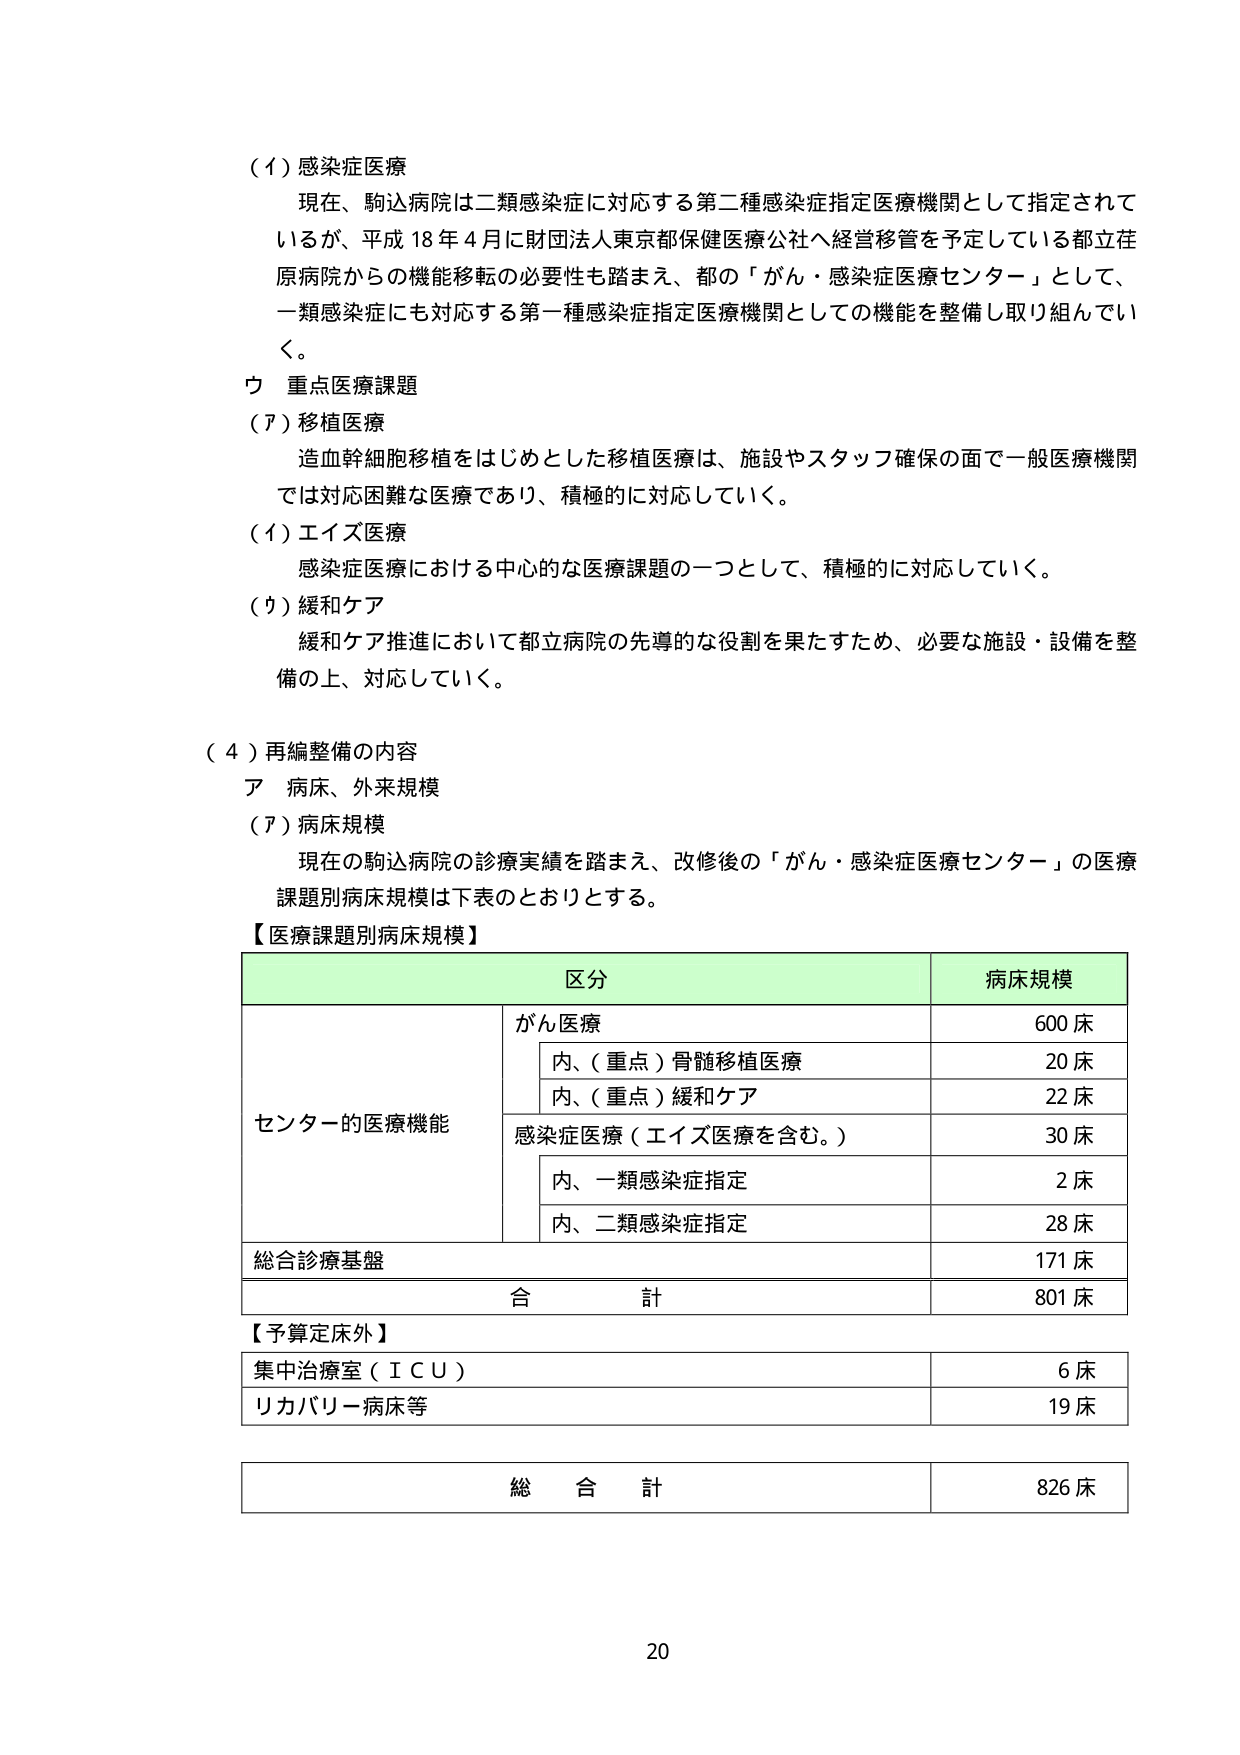
（イ）感染症医療
現在、駒込病院は二類感染症に対応する第二種感染症指定医療機関として指定されているが、平成18年4月に財団法人東京都保健医療公社へ経営移管を予定している都立荏原病院からの機能移転の必要性も踏まえ、都の「がん・感染症医療センター」として、一類感染症にも対応する第一種感染症指定医療機関としての機能を整備し取り組んでいく。

ウ 重点医療課題
（ア）移植医療
造血幹細胞移植をはじめとした移植医療は、施設やスタッフ確保の面で一般医療機関では対応困難な医療であり、積極的に対応していく。

（イ）エイズ医療
感染症医療における中心的な医療課題の一つとして、積極的に対応していく。

（ウ）緩和ケア
緩和ケア推進において都立病院の先導的な役割を果たすため、必要な施設・設備を整備の上、対応していく。

（４）再編整備の内容
ア 病床、外来規模
（ア）病床規模
現在の駒込病院の診療実績を踏まえ、改修後の「がん・感染症医療センター」の医療課題別病床規模は下表のとおりとする。

【医療課題別病床規模】

| 区分 | 病床規模 |
|------|----------|
| センター的医療機能 | がん医療 | 600床 |
| | 内、（重点）骨髄移植医療 | 20床 |
| | 内、（重点）緩和ケア | 22床 |
| | 感染症医療（エイズ医療を含む。） | 30床 |
| | 内、一類感染症指定 | 2床 |
| | 内、二類感染症指定 | 28床 |
| 総合診療基盤 | | 171床 |
| 合計 | | 801床 |

【予算定床外】
| | |
|---|---|
| 集中治療室（ＩＣＵ） | 6床 |
| リカバリー病床等 | 19床 |

| 総合計 | 826床 |

20